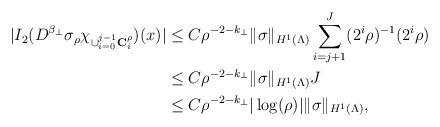
LaTeX: \begin{align*}|I_2(D^{\beta_\perp}\sigma_\rho \chi_{\cup_{i=0}^{j-1}{\bf C}_i^\rho})(x)| &\le C \rho^{-2-k_\perp}\|\sigma\|_{H^1(\Lambda)}\sum_{i=j+1}^{J} (2^i\rho)^{-1}(2^i\rho) \\ &\le C \rho^{-2-k_\perp}\|\sigma\|_{H^1(\Lambda)}J \\ &\le C \rho^{-2-k_\perp}|\log(\rho)|\|\sigma\|_{H^1(\Lambda)},\end{align*}